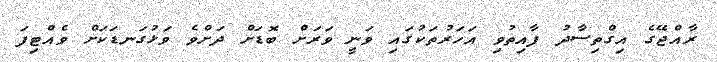
ރާއްޖޭގެ އިގްތިސާދު ފާއިތުވި އަހަރުތަކުގައި ވަނީ ވަރަށް ބޮޑަށް ދަށްވެ ވަޅުގަނޑަކަށް ވެއްޓިފަ